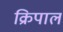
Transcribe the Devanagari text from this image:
क्रिपाल